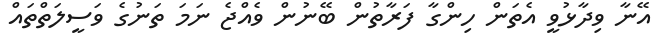
އޭނާ ވިދާޅުވީ އެތަން ހިންގާ ފަރާތުން ބޭނުން ވެއްޖެ ނަމަ ތަނުގެ ވަސީލަތްތައް